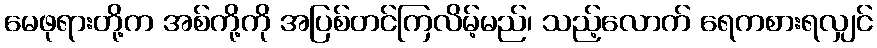
မေဖုရားတို့က အစ်ကို့ကို အပြစ်တင်ကြလိမ့်မည်၊ သည့်လောက် ရေကစားရလျှင်